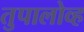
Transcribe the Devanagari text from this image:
तुपालोव्ह